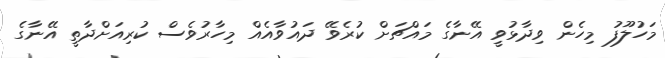
މަހުލޫފު މިހެން ވިދާޅުވީ އޭނާގެ މައްޗަށް ކުރެވޭ ދައުވާއެއް މިހާރުވެސް ކުރިއަށްދާތީ އޭނާގެ